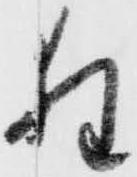
狂